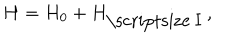
LaTeX: H = H _ { 0 } + H _ { \mathrm { \scriptsize ~ I } } \, ,